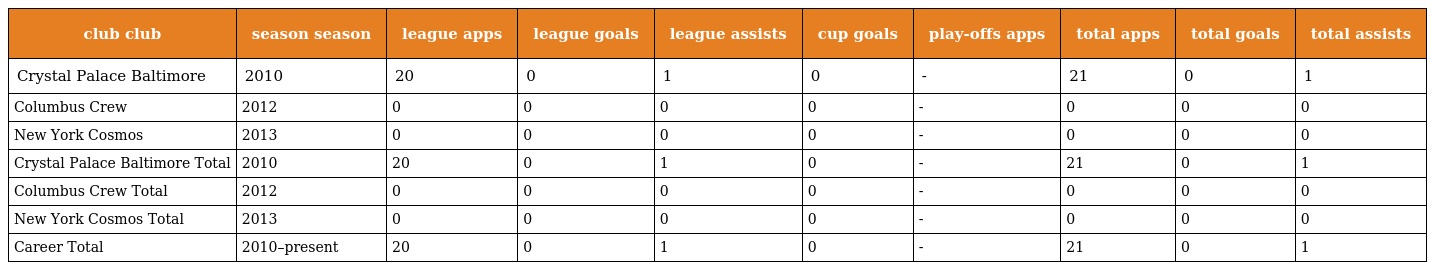
| club club | season season | league apps | league goals | league assists | cup goals | play-offs apps | total apps | total goals | total assists |
 | --- | --- | --- | --- | --- | --- | --- | --- | --- | --- |
 | Crystal Palace Baltimore | 2010 | 20 | 0 | 1 | 0 | - | 21 | 0 | 1 |
 | Columbus Crew | 2012 | 0 | 0 | 0 | 0 | - | 0 | 0 | 0 |
 | New York Cosmos | 2013 | 0 | 0 | 0 | 0 | - | 0 | 0 | 0 |
 | Crystal Palace Baltimore Total | 2010 | 20 | 0 | 1 | 0 | - | 21 | 0 | 1 |
 | Columbus Crew Total | 2012 | 0 | 0 | 0 | 0 | - | 0 | 0 | 0 |
 | New York Cosmos Total | 2013 | 0 | 0 | 0 | 0 | - | 0 | 0 | 0 |
 | Career Total | 2010–present | 20 | 0 | 1 | 0 | - | 21 | 0 | 1 |